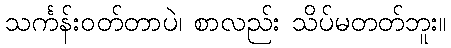
သင်္ကန်းဝတ်တာပဲ၊ စာလည်း သိပ်မတတ်ဘူး။